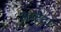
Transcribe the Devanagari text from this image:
अम्टैटा